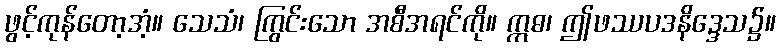
ဖွင့်ကုန်တော့အံ့။ သေသံ၊ ကြွင်းသော အစီအရင်ကို။ ဣဓ၊ ဤဖဿပဒနိဒ္ဒေသ၌။